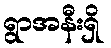
ရွာအနီးရှိ